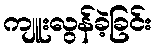
ကျူးလွန်ခဲ့ခြင်း